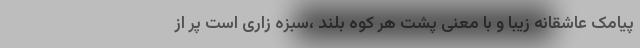
پیامک عاشقانه زیبا و با معنی پشت هر کوه بلند ،سبزه زارى است پر از